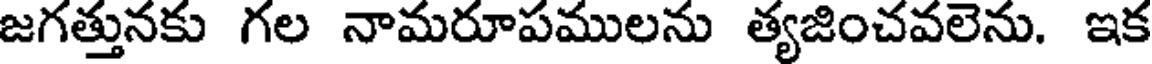
జగత్తునకు గల నామరూపములను త్యజించవలెను. ఇక